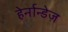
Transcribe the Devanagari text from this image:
हेर्नान्डेज़